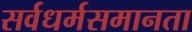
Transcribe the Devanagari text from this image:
सर्वधर्मसमानता